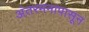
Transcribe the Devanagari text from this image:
अंतरमनापासून